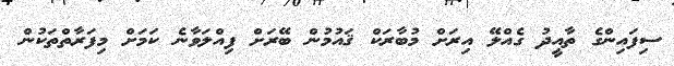
ސިފައިންގެ ތާއީދު ގެއްލޭ އިރަށް މުބާރަކް ޤައުމުން ބޭރަށް ފިއްލަވާނެ ކަމަށް މިފަރާތްތަކުން